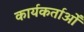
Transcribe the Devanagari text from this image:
कार्यकर्ताओँ